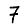
Digit: 7